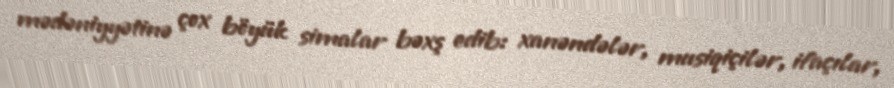
mədəniyyətinə çox böyük simalar bəxş edib: xanəndələr, musiqiçilər, ifaçılar,